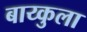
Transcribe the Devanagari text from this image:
बाय्कुला